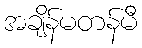
အချိန်မတန်မီ